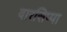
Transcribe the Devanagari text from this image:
वारसिप्पा